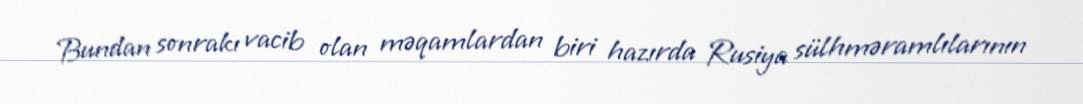
Bundan sonrakı vacib olan məqamlardan biri hazırda Rusiya sülhməramlılarının